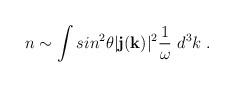
LaTeX: \begin{align*}n\sim\int sin^2\theta |{\bf j}({\bf k})|^2{1\over \omega}~ d^3k\;.\end{align*}